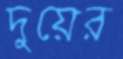
দুয়ের